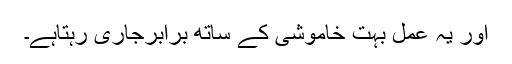
اور یہ عمل بہت خاموشی کے ساتھ برابرجاری رہتاہے۔